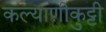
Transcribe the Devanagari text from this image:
कल्याणीकुट्टी